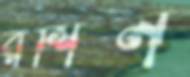
রশিন